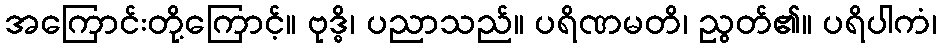
အကြောင်းတို့ကြောင့်။ ဗုဒ္ဓိ၊ ပညာသည်။ ပရိဏမတိ၊ ညွတ်၏။ ပရိပါကံ၊